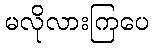
မလိုလားကြပေ